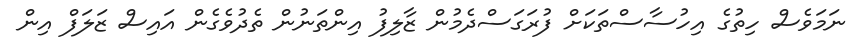
ނަމަވެސް ހިތުގެ އިހުސާސްތަކަށް ފުރަގަސްދެމުން ޒާލިފު އިންތަނުން ތެދުވެގެން އައިސް ޒަލަފް އިން